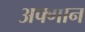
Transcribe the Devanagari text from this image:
अफ्गान